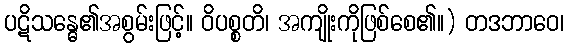
ပဋိသန္ဓေ၏အစွမ်းဖြင့်။ ဝိပစ္စတိ၊ အကျိုးကိုဖြစ်စေ၏။) တဒဘာဝေ၊